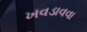
ખવડાવવા